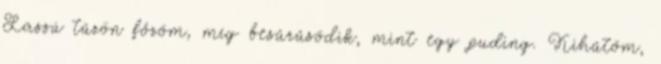
Lassú tűzön főzöm, míg besűrűsödik, mint egy puding. Kihűtöm,